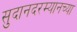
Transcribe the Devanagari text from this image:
सुदानदरम्यानच्या